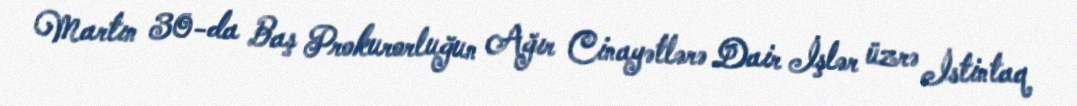
Martın 30-da Baş Prokurorluğun Ağır Cinayətlərə Dair İşlər üzrə İstintaq